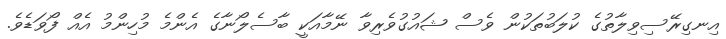
އިނގިރޭސިވިލާތުގެ ކުލަބުތަކުން ވެސް ޝައުގުވެރިވާ ނޭމާއަކީ ބާސެލޯނާގެ އެންމެ މުހިންމު އެއް ފޯވަޑެވެ.